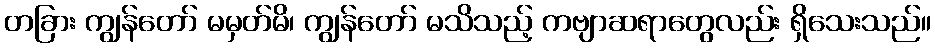
တခြား ကျွန်တော် မမှတ်မိ၊ ကျွန်တော် မသိသည့် ကဗျာဆရာတွေလည်း ရှိသေးသည်။